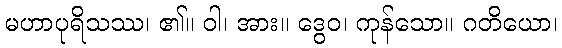
မဟာပုရိသဿ၊ ၏။ ဝါ၊ အား။ ဒွေဝ၊ ကုန်သော။ ဂတိယော၊